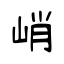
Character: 峭